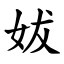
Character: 妭